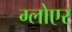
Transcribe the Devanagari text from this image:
ग्लोएर